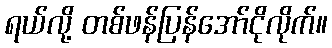
ရယ်လို့ တစ်ဖန်ပြန်အော်ငိုလိုက်။